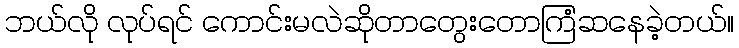
ဘယ်လို လုပ်ရင် ကောင်းမလဲဆိုတာတွေးတောကြံဆနေခဲ့တယ်။